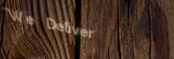
We Deliver